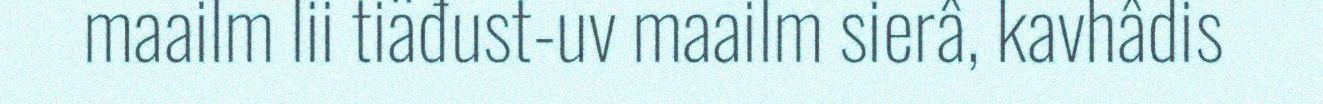
maailm lii tiäđust-uv maailm sierâ, kavhâdis